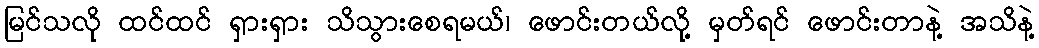
မြင်သလို ထင်ထင် ရှားရှား သိသွားစေရမယ်၊ ဖောင်းတယ်လို့ မှတ်ရင် ဖောင်းတာနဲ့ အသိနဲ့